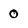
Character: 0